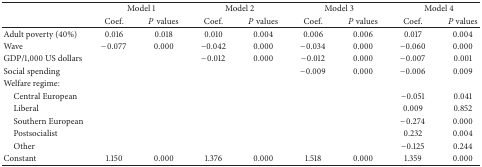
|  | <COLSPAN=2> Model 1 | <COLSPAN=2> Model 2 | <COLSPAN=2> Model 3 | <COLSPAN=2> Model 4 |
 |  | Coef. | P values | Coef. | P values | Coef. | P values | Coef. | P values |
 | --- | --- | --- | --- | --- | --- | --- | --- | --- |
 | Adult poverty (40%) | 0.016 | 0.018 | 0.010 | 0.004 | 0.006 | 0.006 | 0.017 | 0.004 |
 | Wave | −0.077 | 0.000 | −0.042 | 0.000 | −0.034 | 0.000 | −0.060 | 0.000 |
 | GDP/1,000 US dollars |  |  | −0.012 | 0.000 | −0.012 | 0.000 | −0.007 | 0.001 |
 | Social spending |  |  |  |  | −0.009 | 0.000 | −0.006 | 0.009 |
 | Welfare regime: |  |  |  |  |  |  |  |  |
 | Central European |  |  |  |  |  |  | −0.051 | 0.041 |
 | Liberal |  |  |  |  |  |  | 0.009 | 0.852 |
 | Southern European |  |  |  |  |  |  | −0.274 | 0.000 |
 | Postsocialist |  |  |  |  |  |  | 0.232 | 0.004 |
 | Other |  |  |  |  |  |  | −0.125 | 0.244 |
 | Constant | 1.150 | 0.000 | 1.376 | 0.000 | 1.518 | 0.000 | 1.359 | 0.000 |